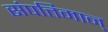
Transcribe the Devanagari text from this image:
संपत्तिमान्